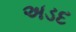
અડદ